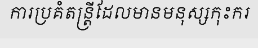
ការប្រគំតន្ត្រីដែលមានមនុស្សកុះករ